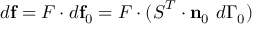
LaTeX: d \mathbf { f } = { \boldsymbol { F } } \cdot d \mathbf { f } _ { 0 } = { \boldsymbol { F } } \cdot ( { \boldsymbol { S } } ^ { T } \cdot \mathbf { n } _ { 0 } ~ d \Gamma _ { 0 } )